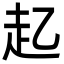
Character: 𮚲